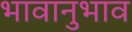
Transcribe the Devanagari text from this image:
भावानुभाव